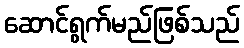
ဆောင်ရွက်မည်ဖြစ်သည်